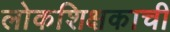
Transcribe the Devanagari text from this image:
लोकशिक्षकाची